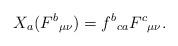
LaTeX: \begin{align*}X_{a}(F^{b}{}_{\mu \nu })=f^{b}{}_{ca}F^{c}{}_{\mu \nu }.\end{align*}